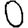
Digit: 0